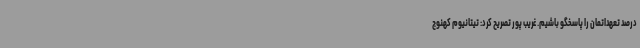
درصد تعهداتمان را پاسخگو باشیم. غریب پور تصریح کرد: تیتانیوم کهنوج